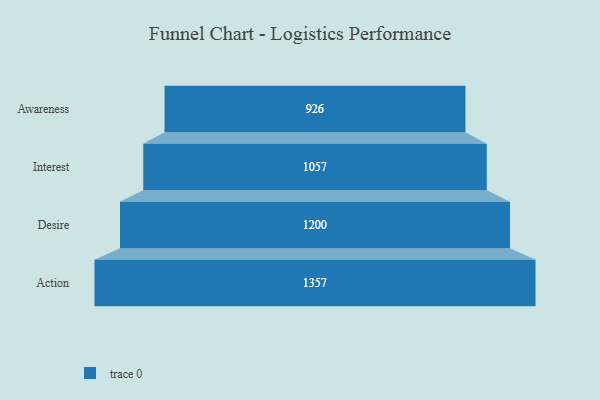
{"axis": {"x": "Stage", "y": "Value"}, "legend": [""], "data": [{"x": "Awareness", "y": 926.0, "type": ""}, {"x": "Interest", "y": 1057.0, "type": ""}, {"x": "Desire", "y": 1200.0, "type": ""}, {"x": "Action", "y": 1357.0, "type": ""}]}